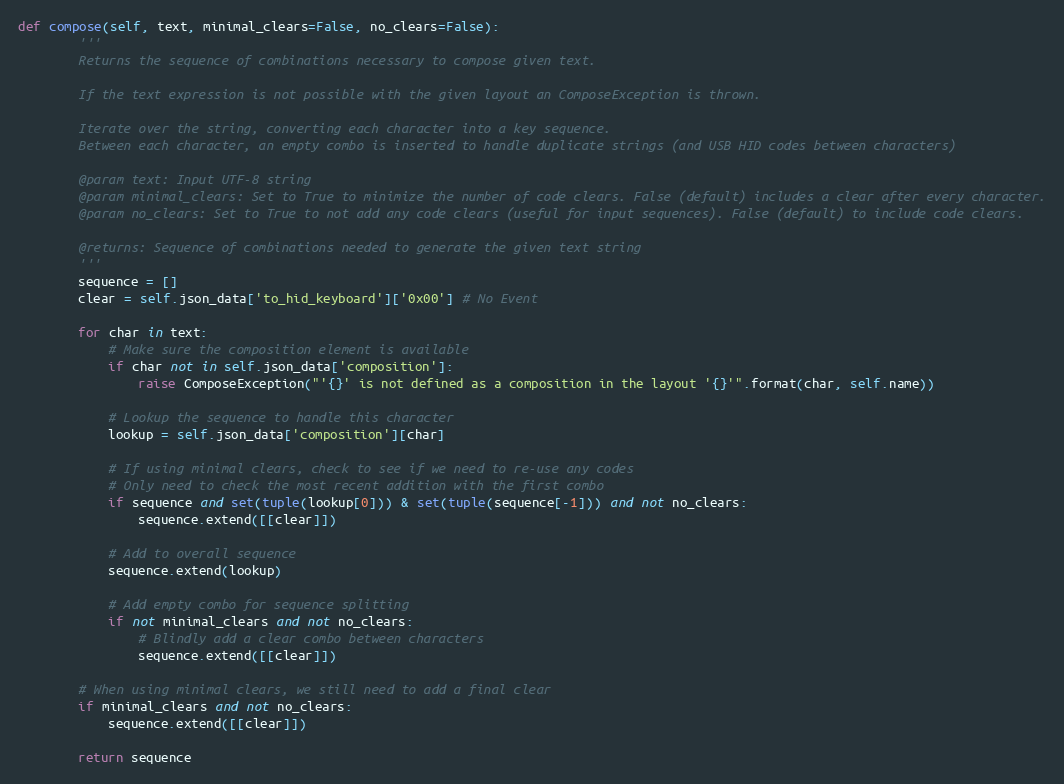
Language: Python
def compose(self, text, minimal_clears=False, no_clears=False):
        '''
        Returns the sequence of combinations necessary to compose given text.

        If the text expression is not possible with the given layout an ComposeException is thrown.

        Iterate over the string, converting each character into a key sequence.
        Between each character, an empty combo is inserted to handle duplicate strings (and USB HID codes between characters)

        @param text: Input UTF-8 string
        @param minimal_clears: Set to True to minimize the number of code clears. False (default) includes a clear after every character.
        @param no_clears: Set to True to not add any code clears (useful for input sequences). False (default) to include code clears.

        @returns: Sequence of combinations needed to generate the given text string
        '''
        sequence = []
        clear = self.json_data['to_hid_keyboard']['0x00'] # No Event

        for char in text:
            # Make sure the composition element is available
            if char not in self.json_data['composition']:
                raise ComposeException("'{}' is not defined as a composition in the layout '{}'".format(char, self.name))

            # Lookup the sequence to handle this character
            lookup = self.json_data['composition'][char]

            # If using minimal clears, check to see if we need to re-use any codes
            # Only need to check the most recent addition with the first combo
            if sequence and set(tuple(lookup[0])) & set(tuple(sequence[-1])) and not no_clears:
                sequence.extend([[clear]])

            # Add to overall sequence
            sequence.extend(lookup)

            # Add empty combo for sequence splitting
            if not minimal_clears and not no_clears:
                # Blindly add a clear combo between characters
                sequence.extend([[clear]])

        # When using minimal clears, we still need to add a final clear
        if minimal_clears and not no_clears:
            sequence.extend([[clear]])

        return sequence